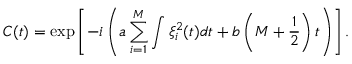
C ( t ) = \exp \left[ - i \left( a \sum _ { i = 1 } ^ { M } \int \xi _ { i } ^ { 2 } ( t ) d t + b \left( M + \frac { 1 } { 2 } \right) t \right) \right] .